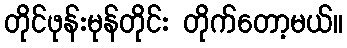
တိုင်ဖုန်းမုန်တိုင်း တိုက်တော့မယ်။